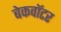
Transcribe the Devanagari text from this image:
बेकवॉटर